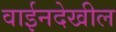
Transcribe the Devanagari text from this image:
वाईनदेखील